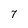
Character: 7